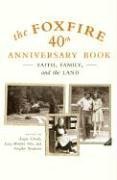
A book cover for The Foxfire 40th Anniversary Book: Faith, Family, and the Land; Inc. Foxfire Fund; Politics & Social Sciences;